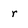
Character: r